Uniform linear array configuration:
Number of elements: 4
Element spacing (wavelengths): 0.75
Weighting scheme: uniform
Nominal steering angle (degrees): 60
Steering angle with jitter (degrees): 59.73
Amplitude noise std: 0.05
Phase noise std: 0.05

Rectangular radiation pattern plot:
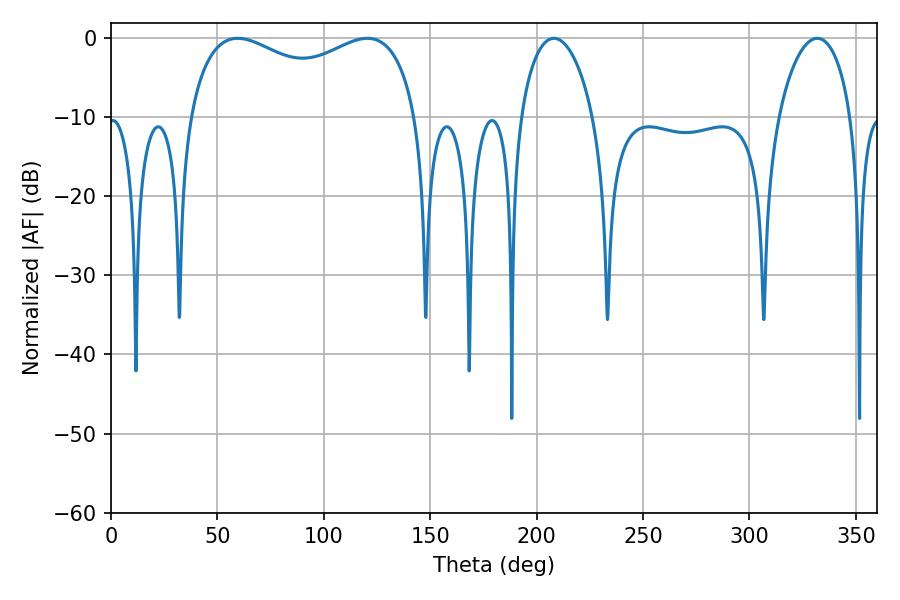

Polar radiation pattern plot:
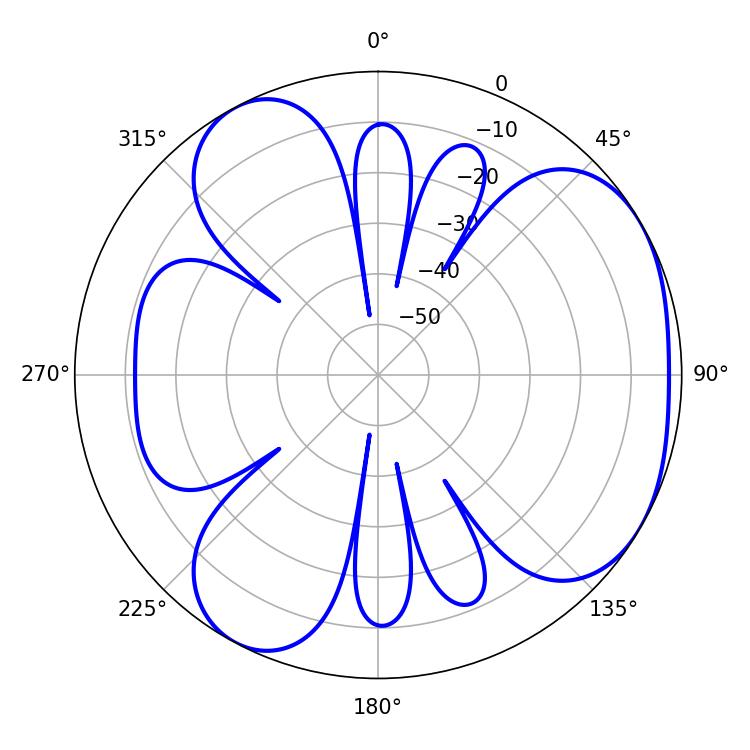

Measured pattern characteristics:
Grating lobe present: TRUE
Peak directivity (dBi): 4.286
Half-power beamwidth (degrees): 89.28
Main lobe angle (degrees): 59.58